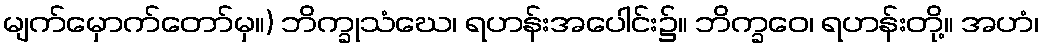
မျက်မှောက်တော်မှ။) ဘိက္ခုသံဃေ၊ ရဟန်းအပေါင်း၌။ ဘိက္ခဝေ၊ ရဟန်းတို့။ အဟံ၊